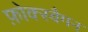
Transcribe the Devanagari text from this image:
फ़ोक्स्वैगन